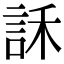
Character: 訸